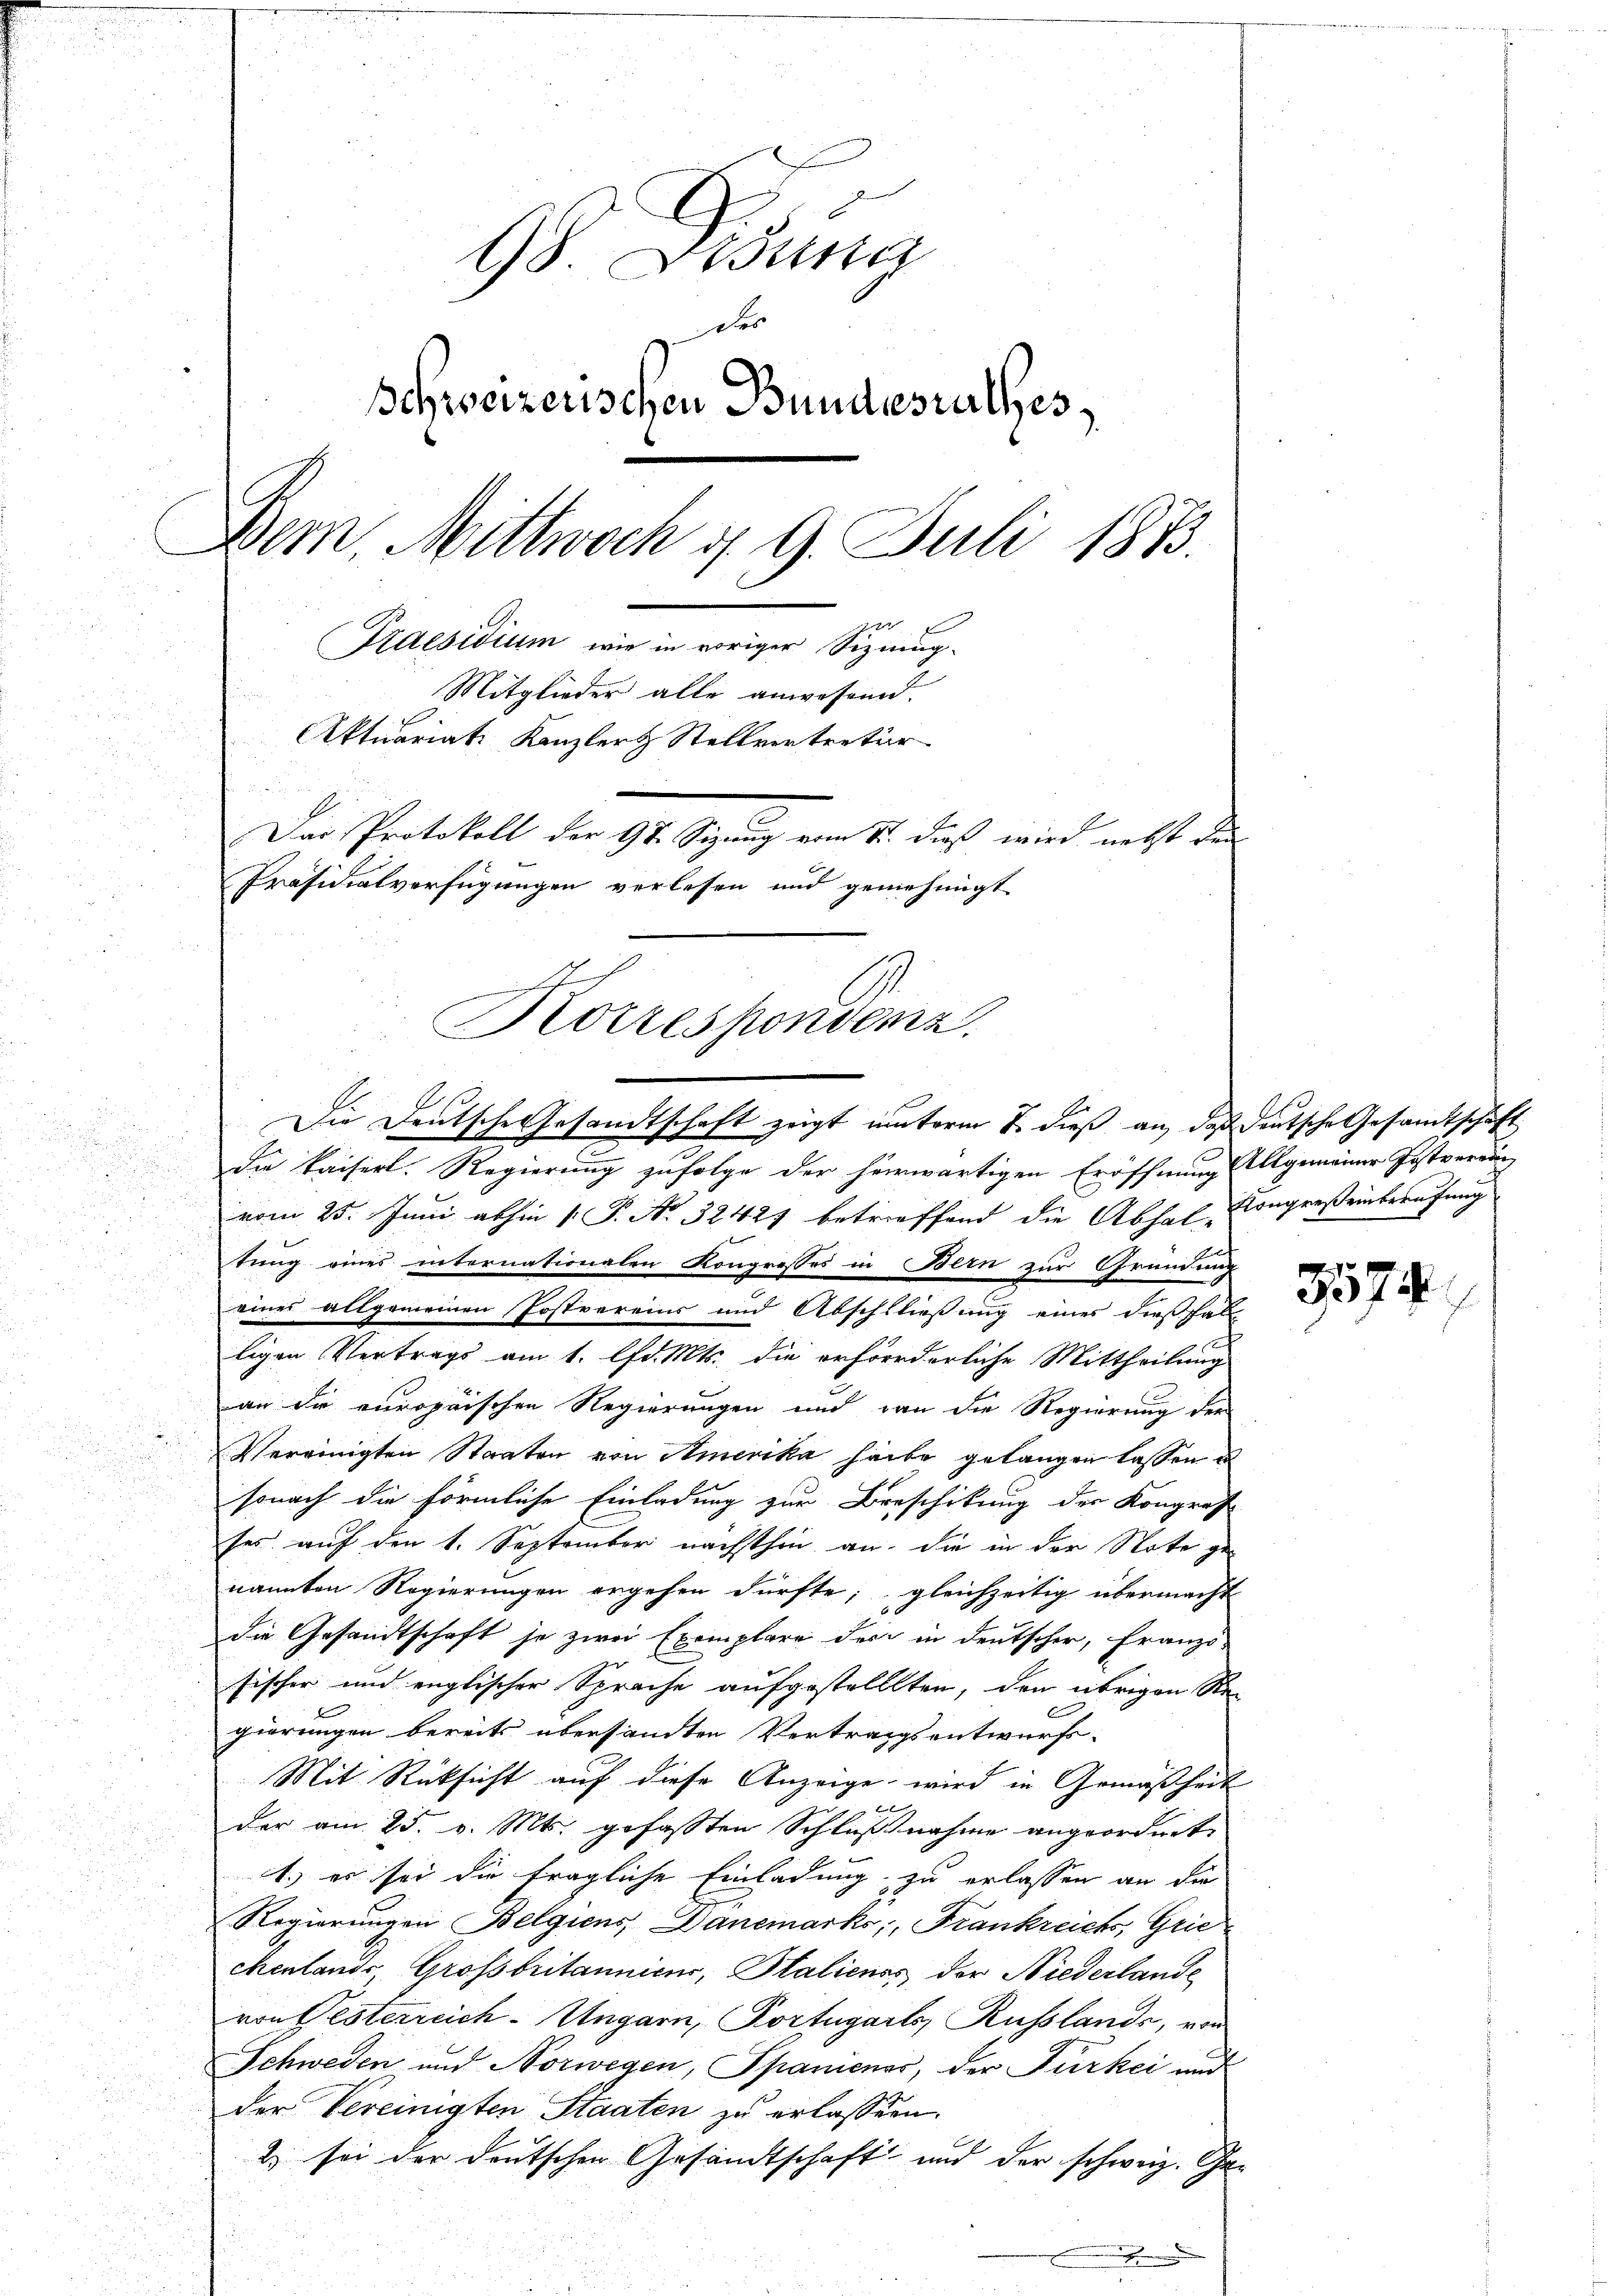
9 Ddung
Der
Schweizerischen Bundesrathes,
Dem Mittwoch d. 9. Juli 1833.
Praesidium wie in voriger Siznug¬
Mitglieder alle anwesen.
Aktuariat Kanzler Stellvertreter
Das Protokoll der 94. Segnung vom 1. daß wird nebst der
Präsidialverfügungen verlesen und genehmigt
Korrespondenz.

n
.
Die kaiserl. Regierung zufolge der herwärtigen Eröffnung Allgemeiner Postverein

vom 25. Juni abhin  P. No 32427 betreffend die Abhal-Congreßeinberufung
d

tung eines internationalen Kongresses in Bern zur Gründung
eines allgemeinen Postvereins und Abschließung eines dießfal
ligen Vertrags am 1. lfd. Mts. die erforderliche Mittheilung
an die europaischen Regierungen und dann die Regierung der
.
Vereinigten Staaten von Amerika habe gelangen lassen u
u
sonach die förmliche Einladung zur Beschikung der Kongres
ses auf den 1. September nächsthin an, die in der Note genannten Regierungen ergehen dürfte; gleichzeitig übermacht
die Gesandtschaft je zwei Exemplare der in Deutscher, Franzö-
sischer und englischer Sprache aufgestelltten, den übrigen Red
giörungen bereits übersandten Vertragsentwurfs-
Mit Rüksicht auf diese Anzeige, wird in Gemäßheit
i
der am 25. v. Mts. gefassten Schlußnahme angeordnet,
1.) es sei die fragliche Einladung zu erlassen an die
Regierungen Belgiens, Danemarks, Frankreichs, Griechenlands, Grossbritannicus, Saliens der Niederlande
von Festerreich-Ungarn, Portugarts, Russlands, von
Schweden und Norwegen, Spaniener, der Fürkei und
der Vereinigten Staaten zu erlassen.
2) sei der deutschen Gesandtschaft und der schweiz. Ge¬

Die Deutsche Gesandtschaft zeigt unterm 7. dieß an, daß deutsche Gesandtschaft

3574